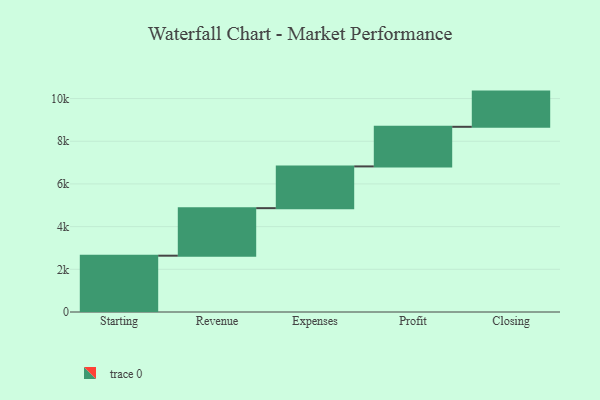
{"axis": {"x": "Step", "y": "Value"}, "legend": [""], "data": [{"x": "Starting", "y": 2638.0, "type": ""}, {"x": "Revenue", "y": 2227.0, "type": ""}, {"x": "Expenses", "y": 1956.0, "type": ""}, {"x": "Profit", "y": 1856.0, "type": ""}, {"x": "Closing", "y": 1649.0, "type": ""}]}